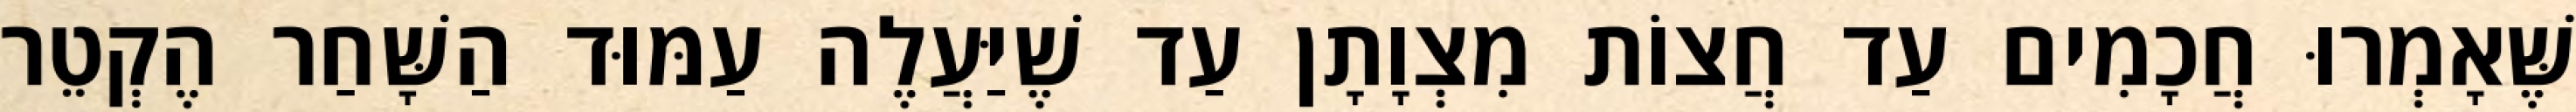
שֶּׁאָמְרוּ חֲכָמִים עַד חֲצוֹת מִצְוָתָן עַד שֶׁיַּעֲלֶה עַמּוּד הַשָּׁחַר הֶקְטֵר